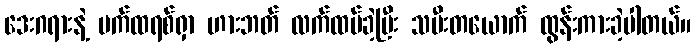
ဒေးဂရားနဲ့ ပက်ထရစ်ရှာ ဟားဘတ် လက်ထပ်ခဲ့ပြီး သမီးတယောက် ထွန်းကားခဲ့ပါတယ်။